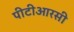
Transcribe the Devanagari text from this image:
पीटीआरसी